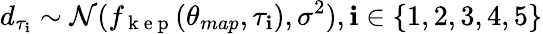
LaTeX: d_{\tau_{\mathbf{i}}}\sim\mathcal{{N}}(f_{\mathrm{{~k~e~p~}}}(\theta_{map},\tau_{\mathbf{i}}),\sigma^{2}),\mathbf{i}\in\{ 1,2,3,4,5\}